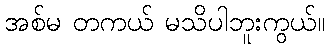
အစ်မ တကယ် မသိပါဘူးကွယ်။